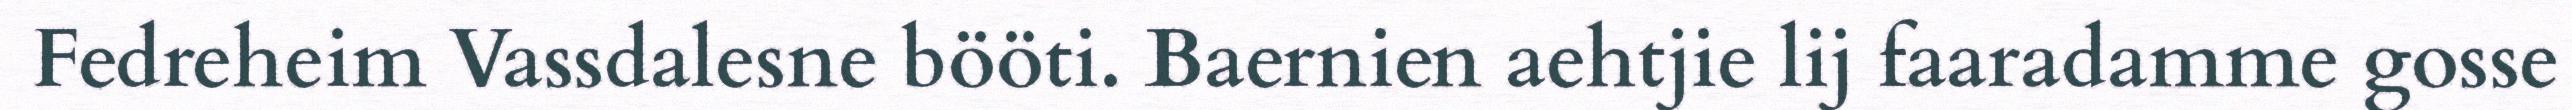
Fedreheim Vassdalesne bööti. Baernien aehtjie lij faaradamme gosse